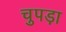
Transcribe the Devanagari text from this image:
चुपड़ा